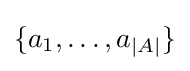
\{a_{1},\dots ,a_{|A|}\}